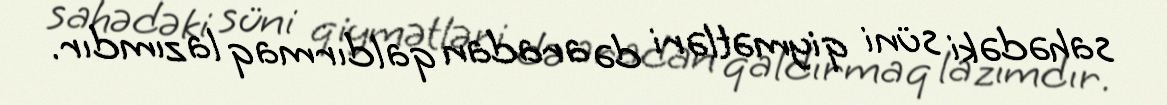
sahədəki süni qiymətləri də aradan qaldırmaq lazımdır.